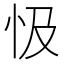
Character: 忣